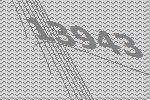
13943